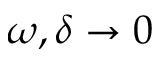
\omega , \delta \to 0